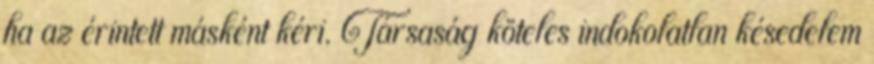
ha az érintett másként kéri. Társaság köteles indokolatlan késedelem